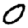
Digit: 0